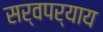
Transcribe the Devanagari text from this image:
सर्वपर्याय